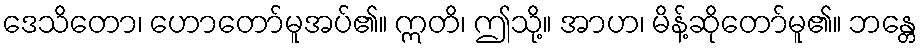
ဒေသိတော၊ ဟောတော်မူအပ်၏။ ဣတိ၊ ဤသို့။ အာဟ၊ မိန့်ဆိုတော်မူ၏။ ဘန္တေ